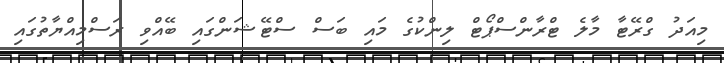
މިއަދު ގްރޭޓާ މާލެ ޓްރާންސްޕޯޓް ލިންކުގެ މައި ބަސް ސްޓޭޝަންގައި ބޭއްވި ރަސްމިއްޔާތުގައި